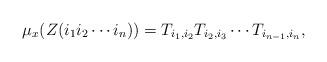
LaTeX: \begin{align*} \mu_x(Z(i_1 i_2 \cdots i_n)) = T_{i_1, i_2} T_{i_2, i_3} \cdots T_{i_{n-1}, i_n}, \end{align*}